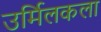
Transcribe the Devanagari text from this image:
उर्मिलकला